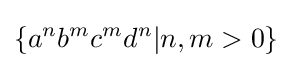
\{a^{n}b^{m}c^{m}d^{n}|n,m>0\}